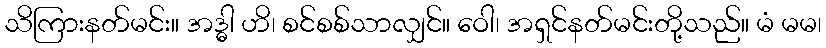
သိကြားနတ်မင်း။ အဒ္ဓါ ဟိ၊ စင်စစ်သာလျှင်။ ဝေါ၊ အရှင်နတ်မင်းတို့သည်။ မံ မမ၊